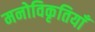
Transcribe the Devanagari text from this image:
मनोविकृतियाँ